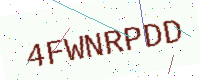
Text: 4FWNRPDD